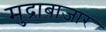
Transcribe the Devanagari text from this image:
मुद्राबाजार